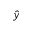
\hat { y }